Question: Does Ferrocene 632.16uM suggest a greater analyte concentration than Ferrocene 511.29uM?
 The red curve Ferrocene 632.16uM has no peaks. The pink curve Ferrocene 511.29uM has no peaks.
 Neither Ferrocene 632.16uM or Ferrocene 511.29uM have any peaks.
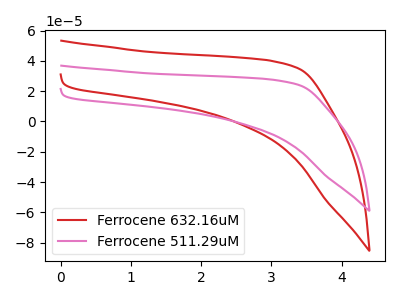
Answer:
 <answer>I cant tell if "Ferrocene 632.16uM" or "Ferrocene 511.29uM" has more signal.</answer>
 <eval>mixed_signal</eval>